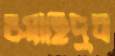
ওয়াহিদুর